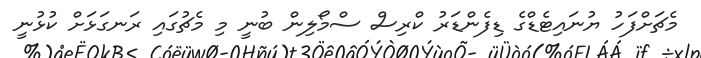
މެޗަށްފަހު ޔުނައިޓެޑްގެ ޑިފެންޑަރު ކްރިސް ސްމޯލިން ބުނީ މި މެޗުގައި ރަނގަޅަށް ކުޅުނީ